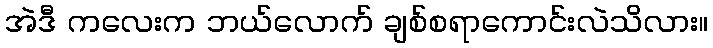
အဲဒီ ကလေးက ဘယ်လောက် ချစ်စရာကောင်းလဲသိလား။